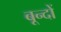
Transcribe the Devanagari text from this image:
बून्दों